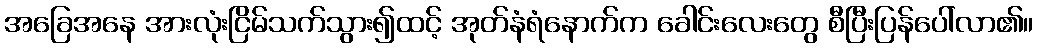
အခြေအနေ အားလုံးငြိမ်သက်သွား၍ထင့် အုတ်နံရံနောက်က ခေါင်းလေးတွေ စီပြီးပြန်ပေါ်လာ၏။